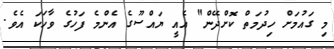
މި ގައުމަށް ހިދުމަތް ކޮށްދޭން" އެއީ ޔައްސޫގެ އެންމެ ފަހުގެ ވާހަކަ އެވެ.